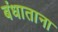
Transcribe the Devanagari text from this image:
बंधाताना